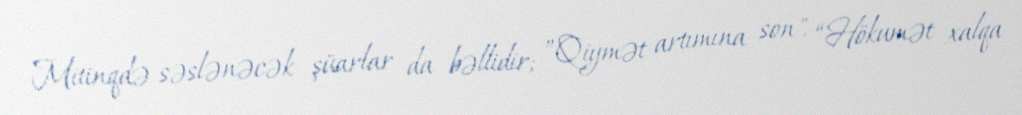
Mitinqdə səslənəcək şüarlar da bəllidir; ”Qiymət artımına son", “Hökumət xalqa